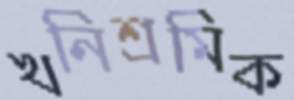
খনিশ্রমিক